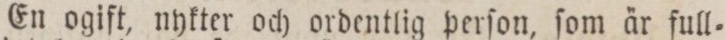
En ogift, nykter och ordentlig perſon, ſom är full=